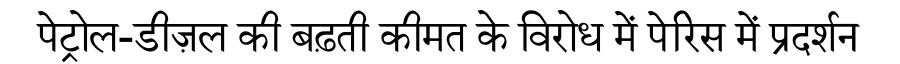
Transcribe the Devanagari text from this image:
पेट्रोल-डीज़ल की बढ़ती कीमत के विरोध में पेरिस में प्रदर्शन